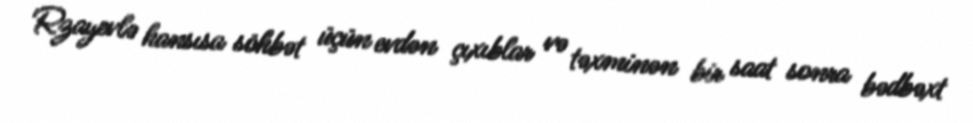
Rzayevlə hansısa söhbət üçün evdən çıxıblar və təxminən bir saat sonra bədbəxt